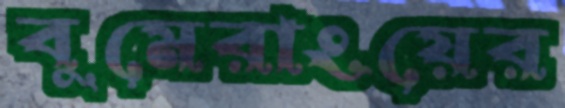
বুমেরাংয়ের